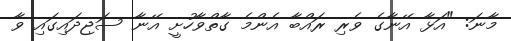
މާނަ: "އަޅާ އޭނާގެ ވެރި ރައްބާ އެންމެ ގާތްވާހުށީ އޭނާ ސަޖިދައިގައި ވާ